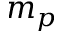
m _ { p }